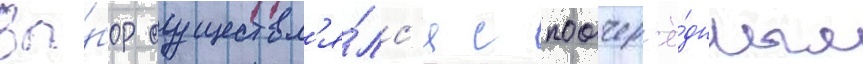
Вы́бор осуществл'я́лс'я с поочер'ё́дным